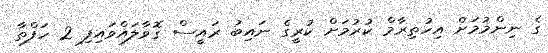
ގެ ނިންމުމަށް އިހުތިރާމް ކުރުމަށް ކުރީގެ ނައިބު ރައީސް ގޮވާލައްވައިފި 2 ހަފްތާ